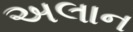
અલાન